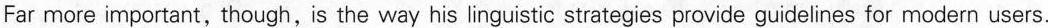
Far more important,though, is the way his linguistic strategies provide guidelines for modern users.